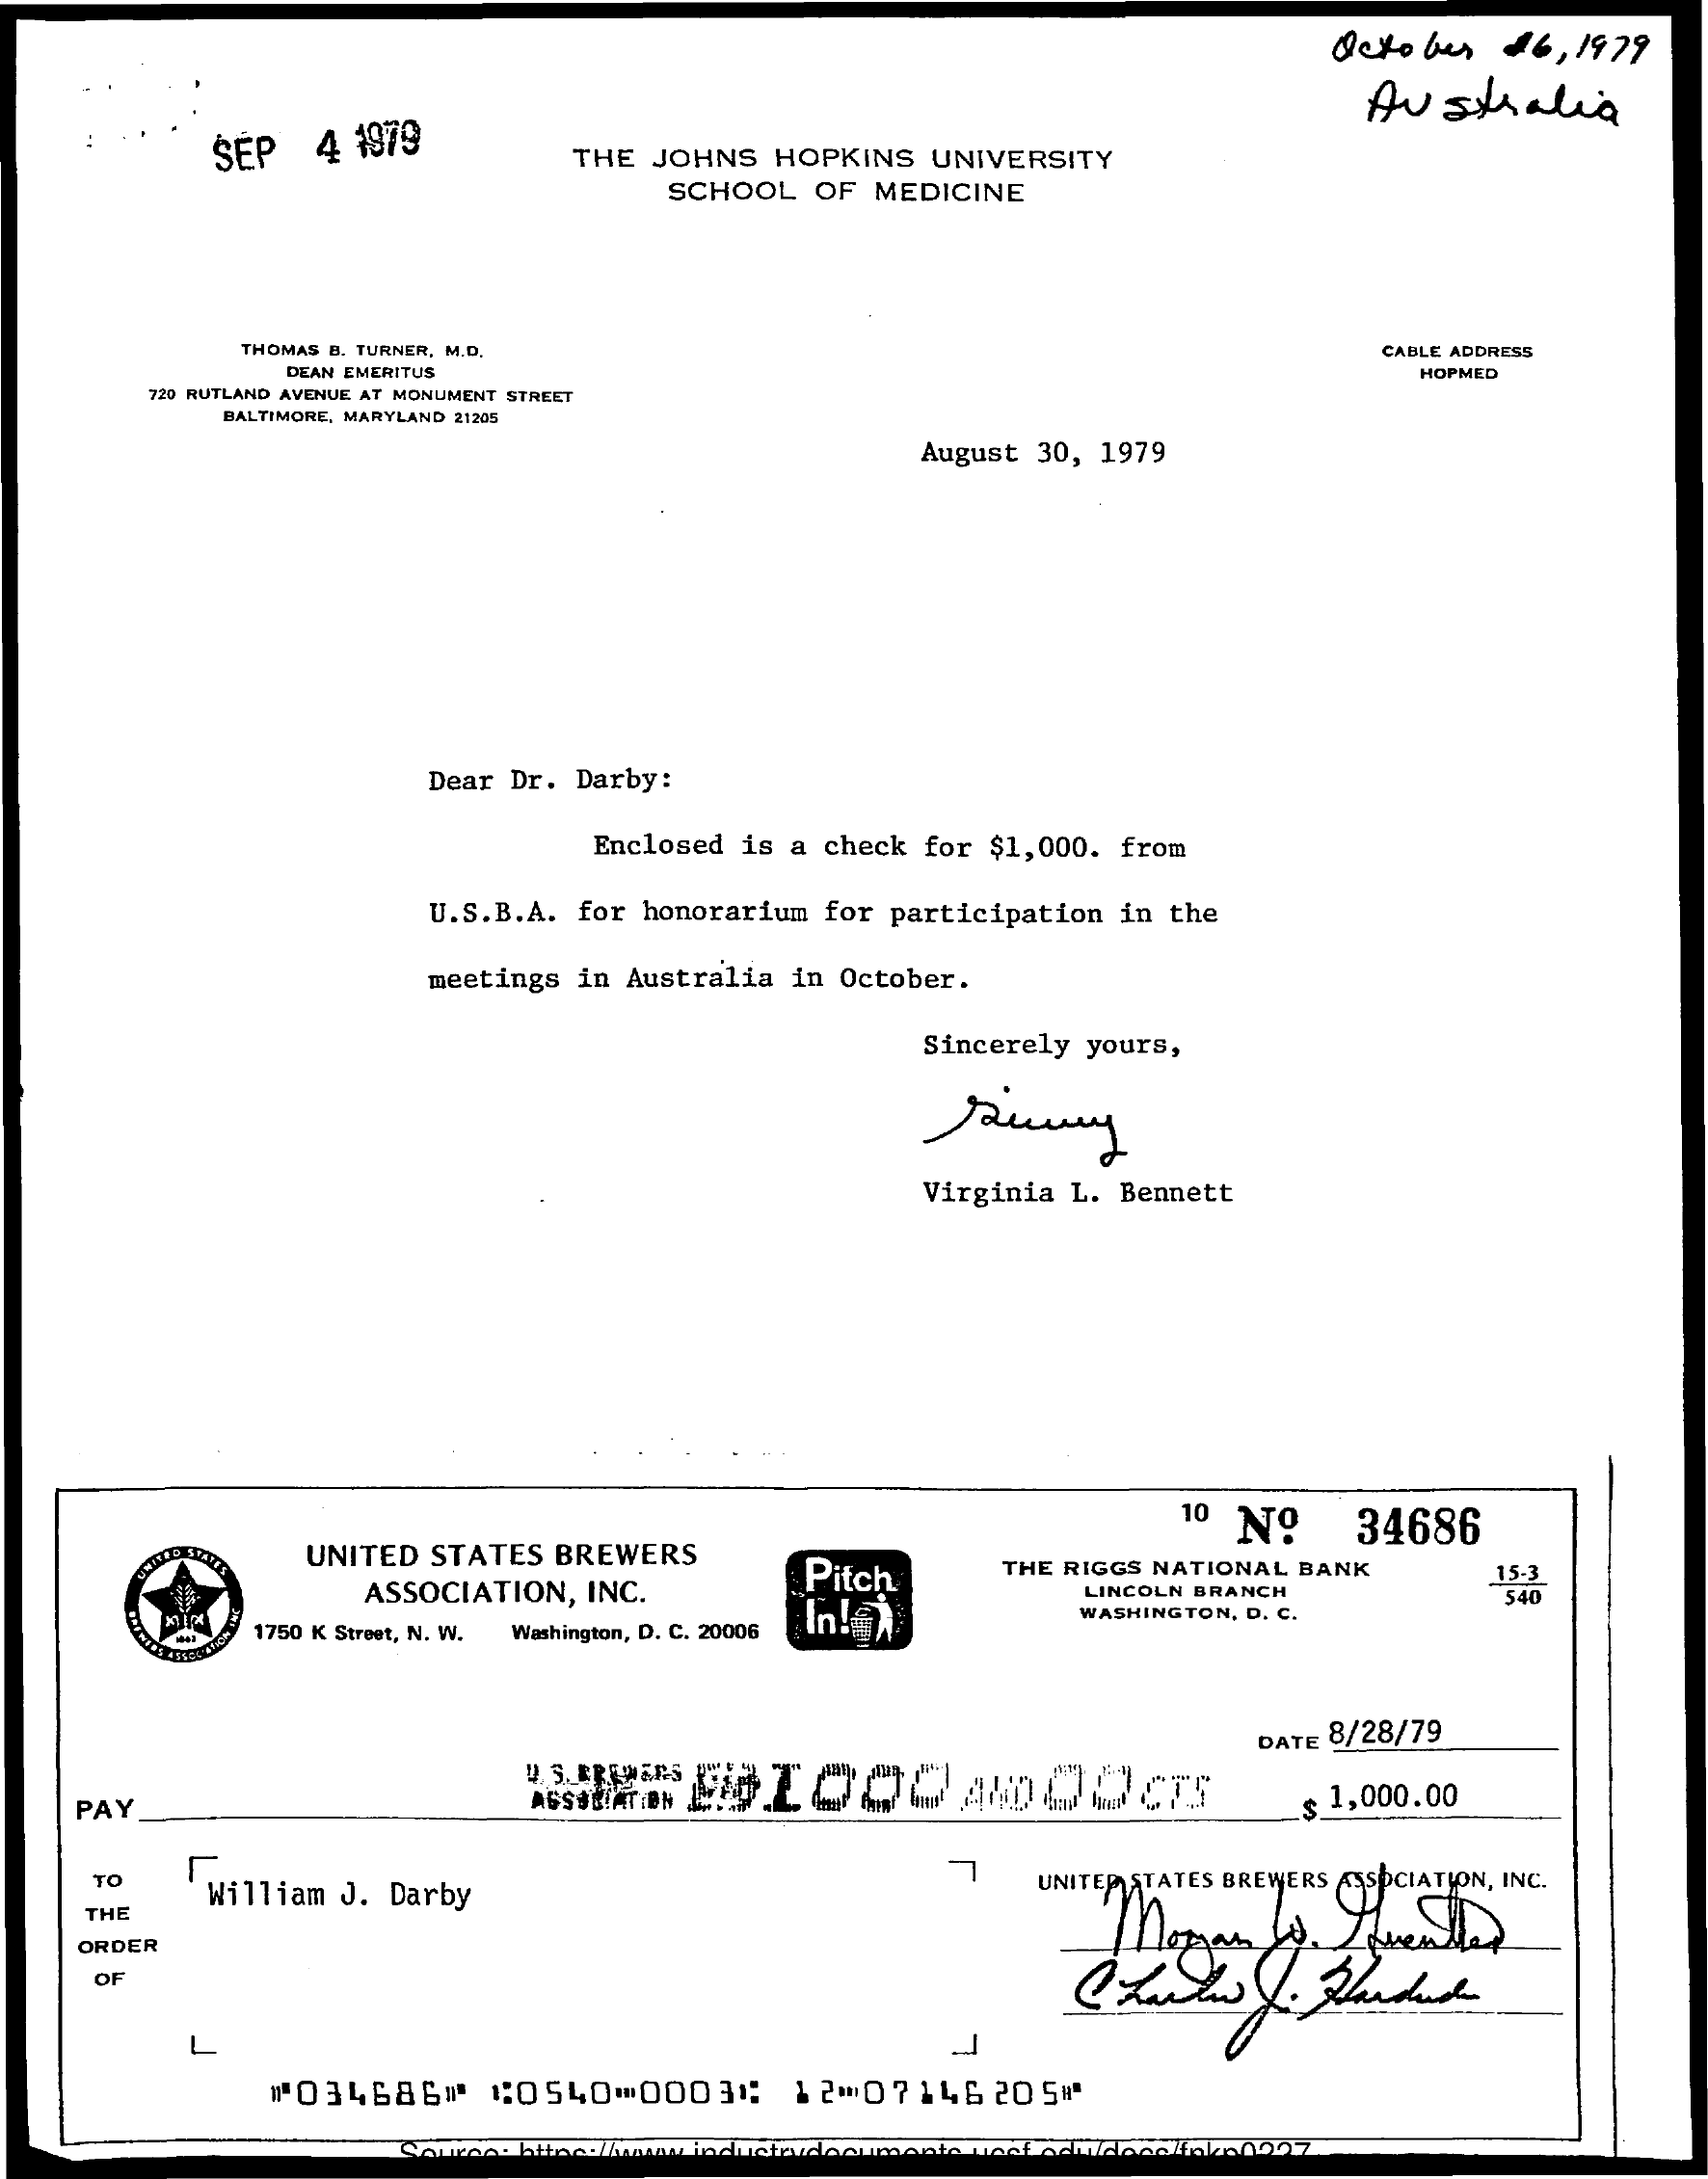
October  26, 1979
     Australia
     SEP   4 1979
     THE JOHNS HOPKINS UNIVERSITY
     SCHOOL OF  MEDICINE
     THOMAS B. TURNER, M.D.    CABLE ADDRESS
     DEAN EMERITUS
     720 RUTLAND AVENUE AT MONUMENT STREET
     HOPMED
     BALTIMORE, MARYLAND 21205
     August 30, 1979
     Dear Dr. Darby:
     Enclosed is a check for $1,000. from
     U.S.B.A. for honorarium for participation in the
     meetings in Australia in October.
     Sincerely yours,
     Virginia L. Bennett
     10 Nº    34686
     UNITED STATES BREWERS
     ASSOCIATION, INC.
     Pitch    THE RIGGS NATIONAL BANK    15.3
     LINCOLN BRANCH
     1750 K Street, N. W. Washington, D. C. 20006
     In!e    WASHINGTON, D. C.
     540
     DATE 8/28/79
     U. S. BREWERS
    PAY    ASSOCIATION    $ 1,000.00
     TO
     William J. Darby
     -1
     UNITEDSTATES BREWERS ASSOCIATION, INC.
     THE
     ORDER
     OF
     L
     "034686#   1:0540-00031:   12-07146   205#